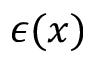
\epsilon ( x )